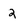
Character: 2